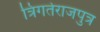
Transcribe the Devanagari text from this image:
त्रिगर्तराजपुत्र